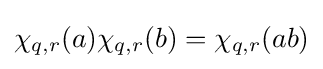
\chi _{q,r}(a)\chi _{q,r}(b)=\chi _{q,r}(ab)